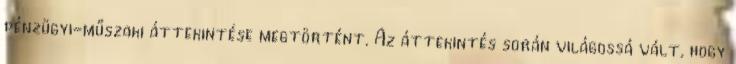
pénzügyi-műszaki áttekintése megtörtént. Az áttekintés során világossá vált, hogy